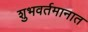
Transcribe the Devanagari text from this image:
शुभवर्तमानात